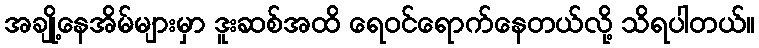
အချို့နေအိမ်များမှာ ဒူးဆစ်အထိ ရေဝင်ရောက်နေတယ်လို့ သိရပါတယ်။